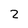
Character: 2